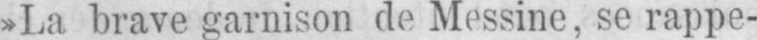
»La brave garnison de Messine, se rappe-